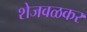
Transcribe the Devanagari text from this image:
शेजवळकर